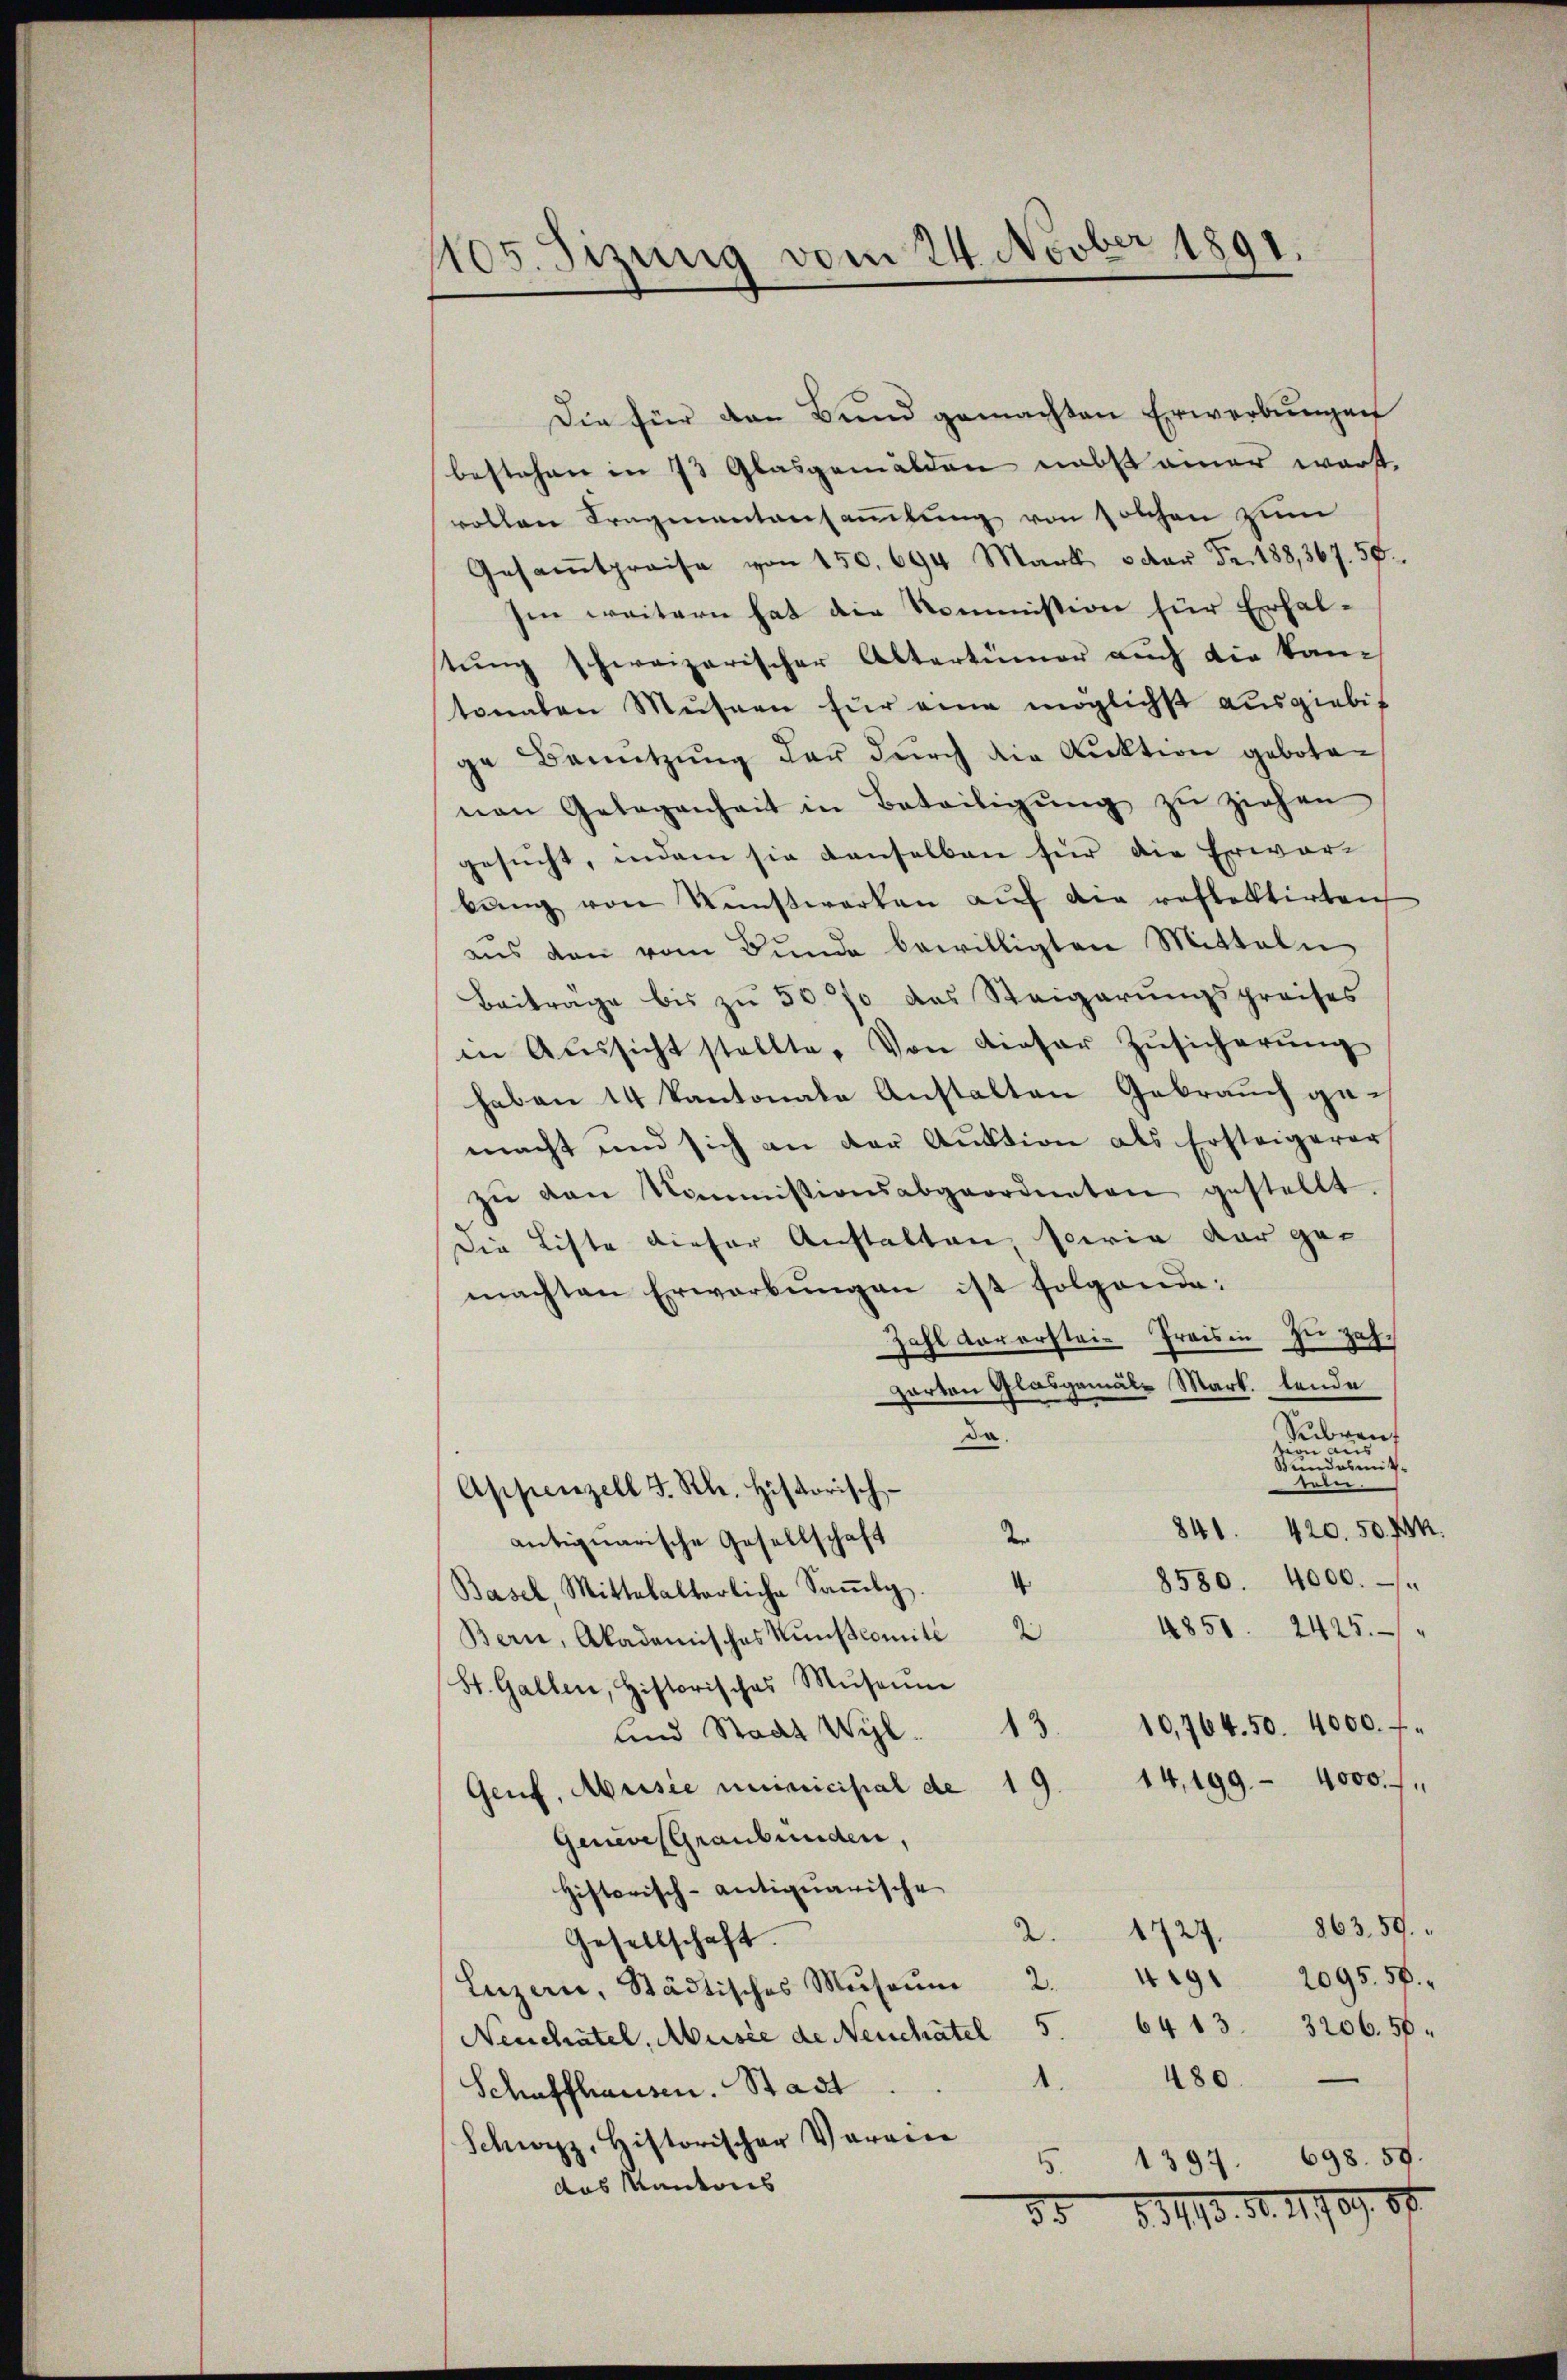
1105. Sizung vom 24. Novber 1891.

Die für den Bund gemachten Erwerbungen
bestehen in 73 Glasgemälden nebst einer warst.
vollen Fragenantansaṁlŭng von solchen zum
Gesamtpreise von 150. 694 Mark. 3 der Fr. 188,367. 58.
Im weitern hat die Nommission für Erhalstung schweizerischer Altertümer auch die kantonalen Museen für eine möglichst ausgiebit
ge Benutzung der durch die Auktion gebotenan Gelegenheit in Beteiligŭng zŭ ziehen
gesucht, indem sie denselben für die Erwarbŭng von Künstwerken aŭf die reflektirten
ans den vom Bunde bewilligten Mitteln
Beitrage bis zu 50 % des Steigerŭngspreises
in Aussicht stellte. Von dieser Zusicherung
haben 14 Kantonale Anstalten Gebrauch gemacht und sich an der Aŭstion als Ersteigerer
zŭ den kommissionsabgeordneten gestellt.
Die Liste dieser Anstalten sowie dar ge-
machten Erwarbŭngen ist folgende:
Zahl vorerstei- Preisin zu zahparten Glasgemals Mark. lende
Subren
da.
tion aus
Wundesmitttein.
Appenzell F. Rh. historisch-
841. 420. 50 Frk.
der
antiquarische Gesellschaft
8580. 4000.
Basel, Mittelalterliche Saṁly.
4851. 2425.
de
Bern, Akademisches Kunstcomité
St. Gallen, historisches Museum
10,764. 50. 4000. f
3
und Stadt Wyl.
14,199. 4000.
Genf, Arisie uninicipal de 19
Genius Graubünden,
Historisch-antiquarische
863, 59.
2. 1724
Gesellschaft.
49
2095. 58.
Luzern, Städtisches Mŭsaŭm 2.
5.
6413. 3206. 58.
Neuchâtel, Musse de Neuchatel
e
480.
Schaffhausen. Stadt
Schwyz, historischer Verrin
1397. 698. 58.
5.
das Mantons
88. 8. 113. No. 1709. 87